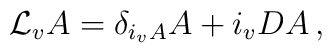
{\cal L}_v A = \delta_{i_v A} A + i_v DA\,,